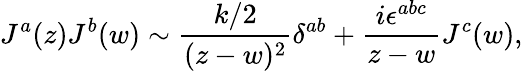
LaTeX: J^{a}(z)J^{b}(w)\sim\frac{k/2}{(z-w)^{2}}\delta^{ab}+\frac{i\epsilon^{abc}}{z-w}J^{c}(w),